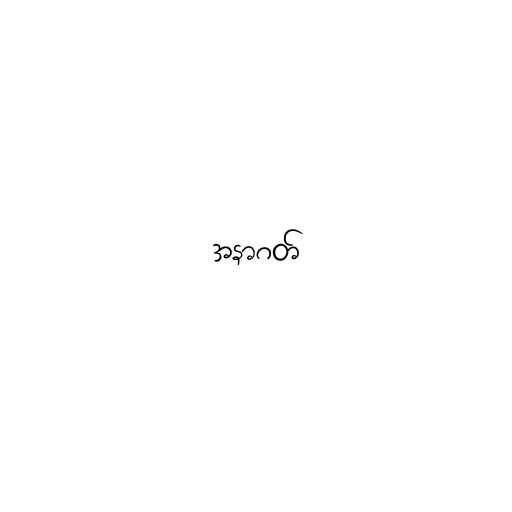
အနာဂတ်